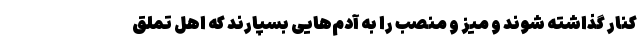
کنار گذاشته شوند و میز و منصب را به آدم‌هایی بسپارند که ا‌هل تملق